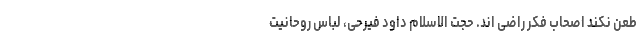
طعن نکند اصحاب فکر راضی اند. حجت الاسلام داود فیرحی، لباس روحانیت